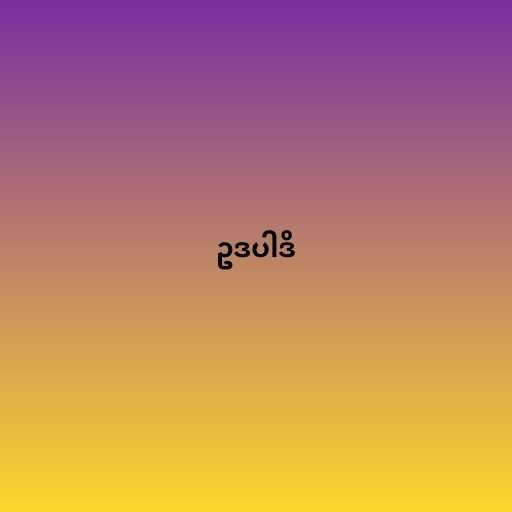
ဥဒပါဒိ